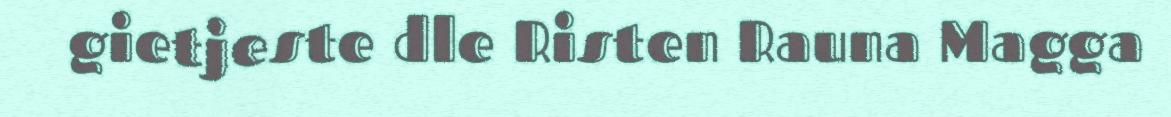
gietjeste dle Risten Rauna Magga